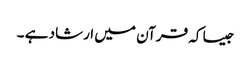
جیسا کہ قرآن میں ارشاد ہے ۔